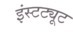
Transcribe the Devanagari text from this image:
इंस्‍टट्यूट